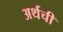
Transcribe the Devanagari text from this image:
अर्थची